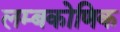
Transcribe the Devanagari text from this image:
लम्बकोणिक